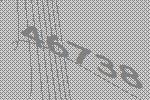
46738